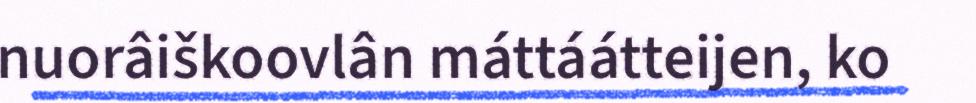
nuorâiškoovlân máttáátteijen, ko